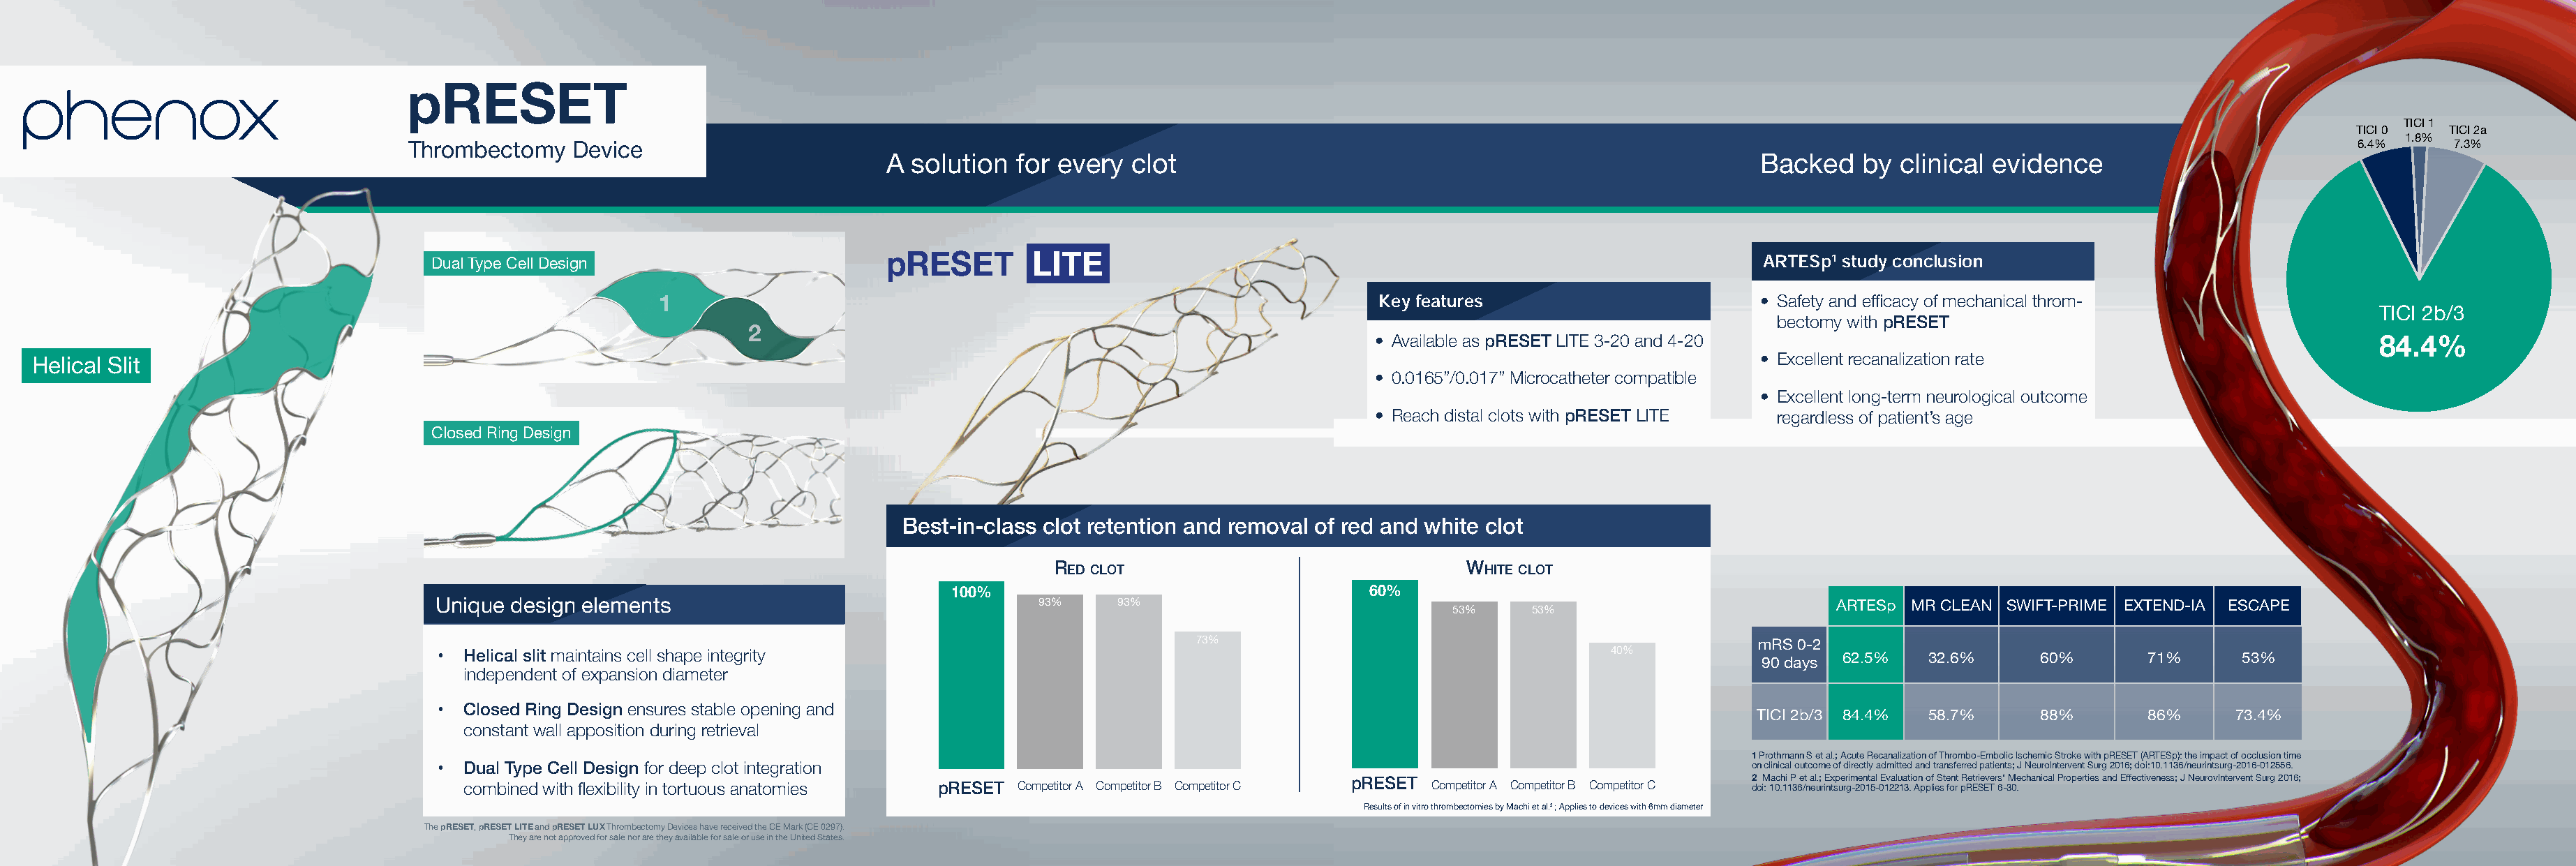
pRESET
 TICI 1
 TICI 0  TICI 2a
 1.8%
 Thrombectomy   Device                                                                                                                                                                    6.4%     7.3%
 A solution  for every  clot                                                        Backed    by clinical evidence
 pRESET        LITE
 ARTESp1 study conclusion
 Dual Type Cell Design
 1                                                                   Key features                        • Safety and efficacy of mechanical throm-
 TICI 2b/3
 bectomy with pRESET
 2
 • Available as pRESET LITE 3-20 and 4-20                                                        84.4%
 • Excellent recanalization rate
 Helical Slit
 • 0.0165”/0.017” Microcatheter compatible
 • Excellent long-term neurological outcome
 • Reach distal clots with pRESET LITE  regardless of patient’s age
 Closed Ring Design
 Best-in-class clot retention and removal of red and white clot
 Red clot                               White clot
 100%                                    60%
 Unique design elements                                    93%    93%                                                                 ARTESp MR CLEAN SWIFT-PRIME EXTEND-IA ESCAPE
 53%    53%
 73%
 mRS 0-2
 •  Helical slit maintains cell shape integrity                                                                  40%                   62.5%   32.6%      60%       71%      53%
 90 days
 independent of expansion diameter
 •  Closed Ring Design ensures stable opening and
 TICI 2b/3 84.4% 58.7%      88%       86%     73.4%
 constant wall apposition during retrieval
 1 Prothmann S et al.; Acute Recanalization of Thrombo-Embolic Ischemic Stroke with pRESET (ARTESp): the impact of occlusion time
 •  Dual Type Cell Design for deep clot integration                                                                           on clinical outcome of directly admitted and transferred patients; J NeuroIntervent Surg 2016; doi:10.1136/neurintsurg-2016-012556.
 combined with flexibility in tortuous anatomies pRESET Competitor A Competitor B Competitor C pRESET Competitor A Competitor B Competitor C 2 d o iM : 1a 0c .h 1i 1 P 3 6e /t n a el u.; r iE nx tsp ue rr gim -2e 0n 1t 5a -l 0E 1v 2a 2lu 1a 3t .i o An p po lf i eS st e fon rt pR Re Etr Sie Ev Ter 6s‘ - 3M 0e .chanical Properties and Effectiveness; J NeurovIntervent Surg 2016;
 Results of in vitro thrombectomies by Machi et al.2 ; Applies to devices with 6mm diameter
 The pRESET, pRESET LITE and pRESET LUX Thrombectomy Devices have received the CE Mark (CE 0297).
 They are not approved for sale nor are they available for sale or use in the United States.